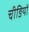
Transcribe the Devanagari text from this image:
चीङियों